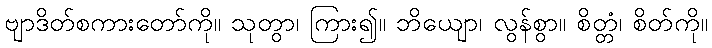
ဗျာဒိတ်စကားတော်ကို။ သုတွာ၊ ကြား၍။ ဘိယျော၊ လွန်စွာ။ စိတ္တံ၊ စိတ်ကို။